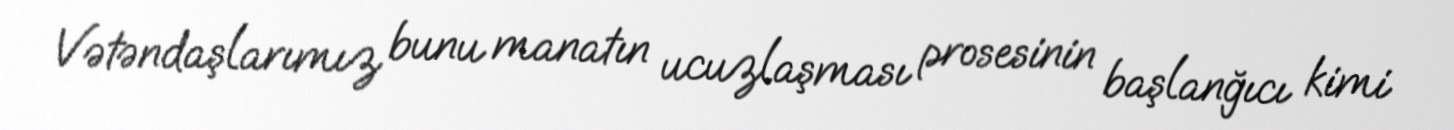
Vətəndaşlarımız bunu manatın ucuzlaşması prosesinin başlanğıcı kimi